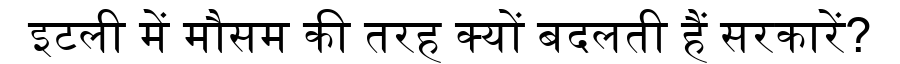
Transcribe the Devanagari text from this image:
इटली में मौसम की तरह क्यों बदलती हैं सरकारें?